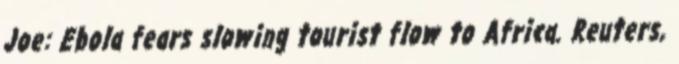
Joe: Ebola fears slowing tourist flow to Africa. Reuters,